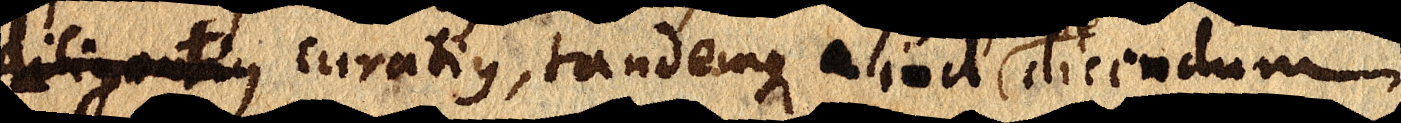
diligentius curatis, tandemque aliud dicendum